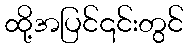
ထို့အပြင်၎င်းတွင်